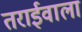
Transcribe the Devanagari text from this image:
तराईवाला